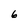
Character: 6